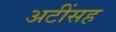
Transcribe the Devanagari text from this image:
अटींसह